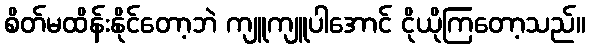
စိတ်မထိန်းနိုင်တော့ဘဲ ကျူကျူပါအောင် ငိုယိုကြတော့သည်။